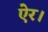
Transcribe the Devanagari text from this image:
ऐर।